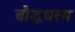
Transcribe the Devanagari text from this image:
बौद्धधरम